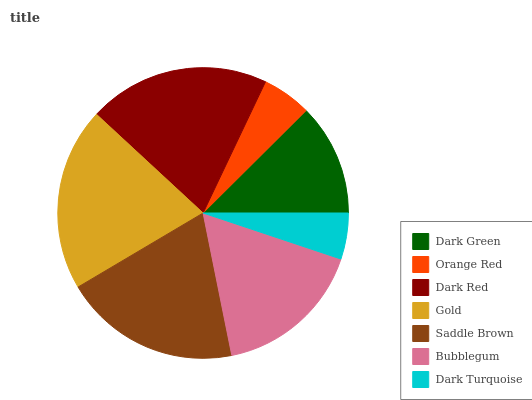
| Dark Green | Orange Red | Dark Red | Gold | Saddle Brown | Bubblegum | Dark Turquoise |
 | --- | --- | --- | --- | --- | --- | --- |
 | 12.5% | 5.48% | 20.2% | 20.4% | 19.6% | 16.7% | 5.13% |